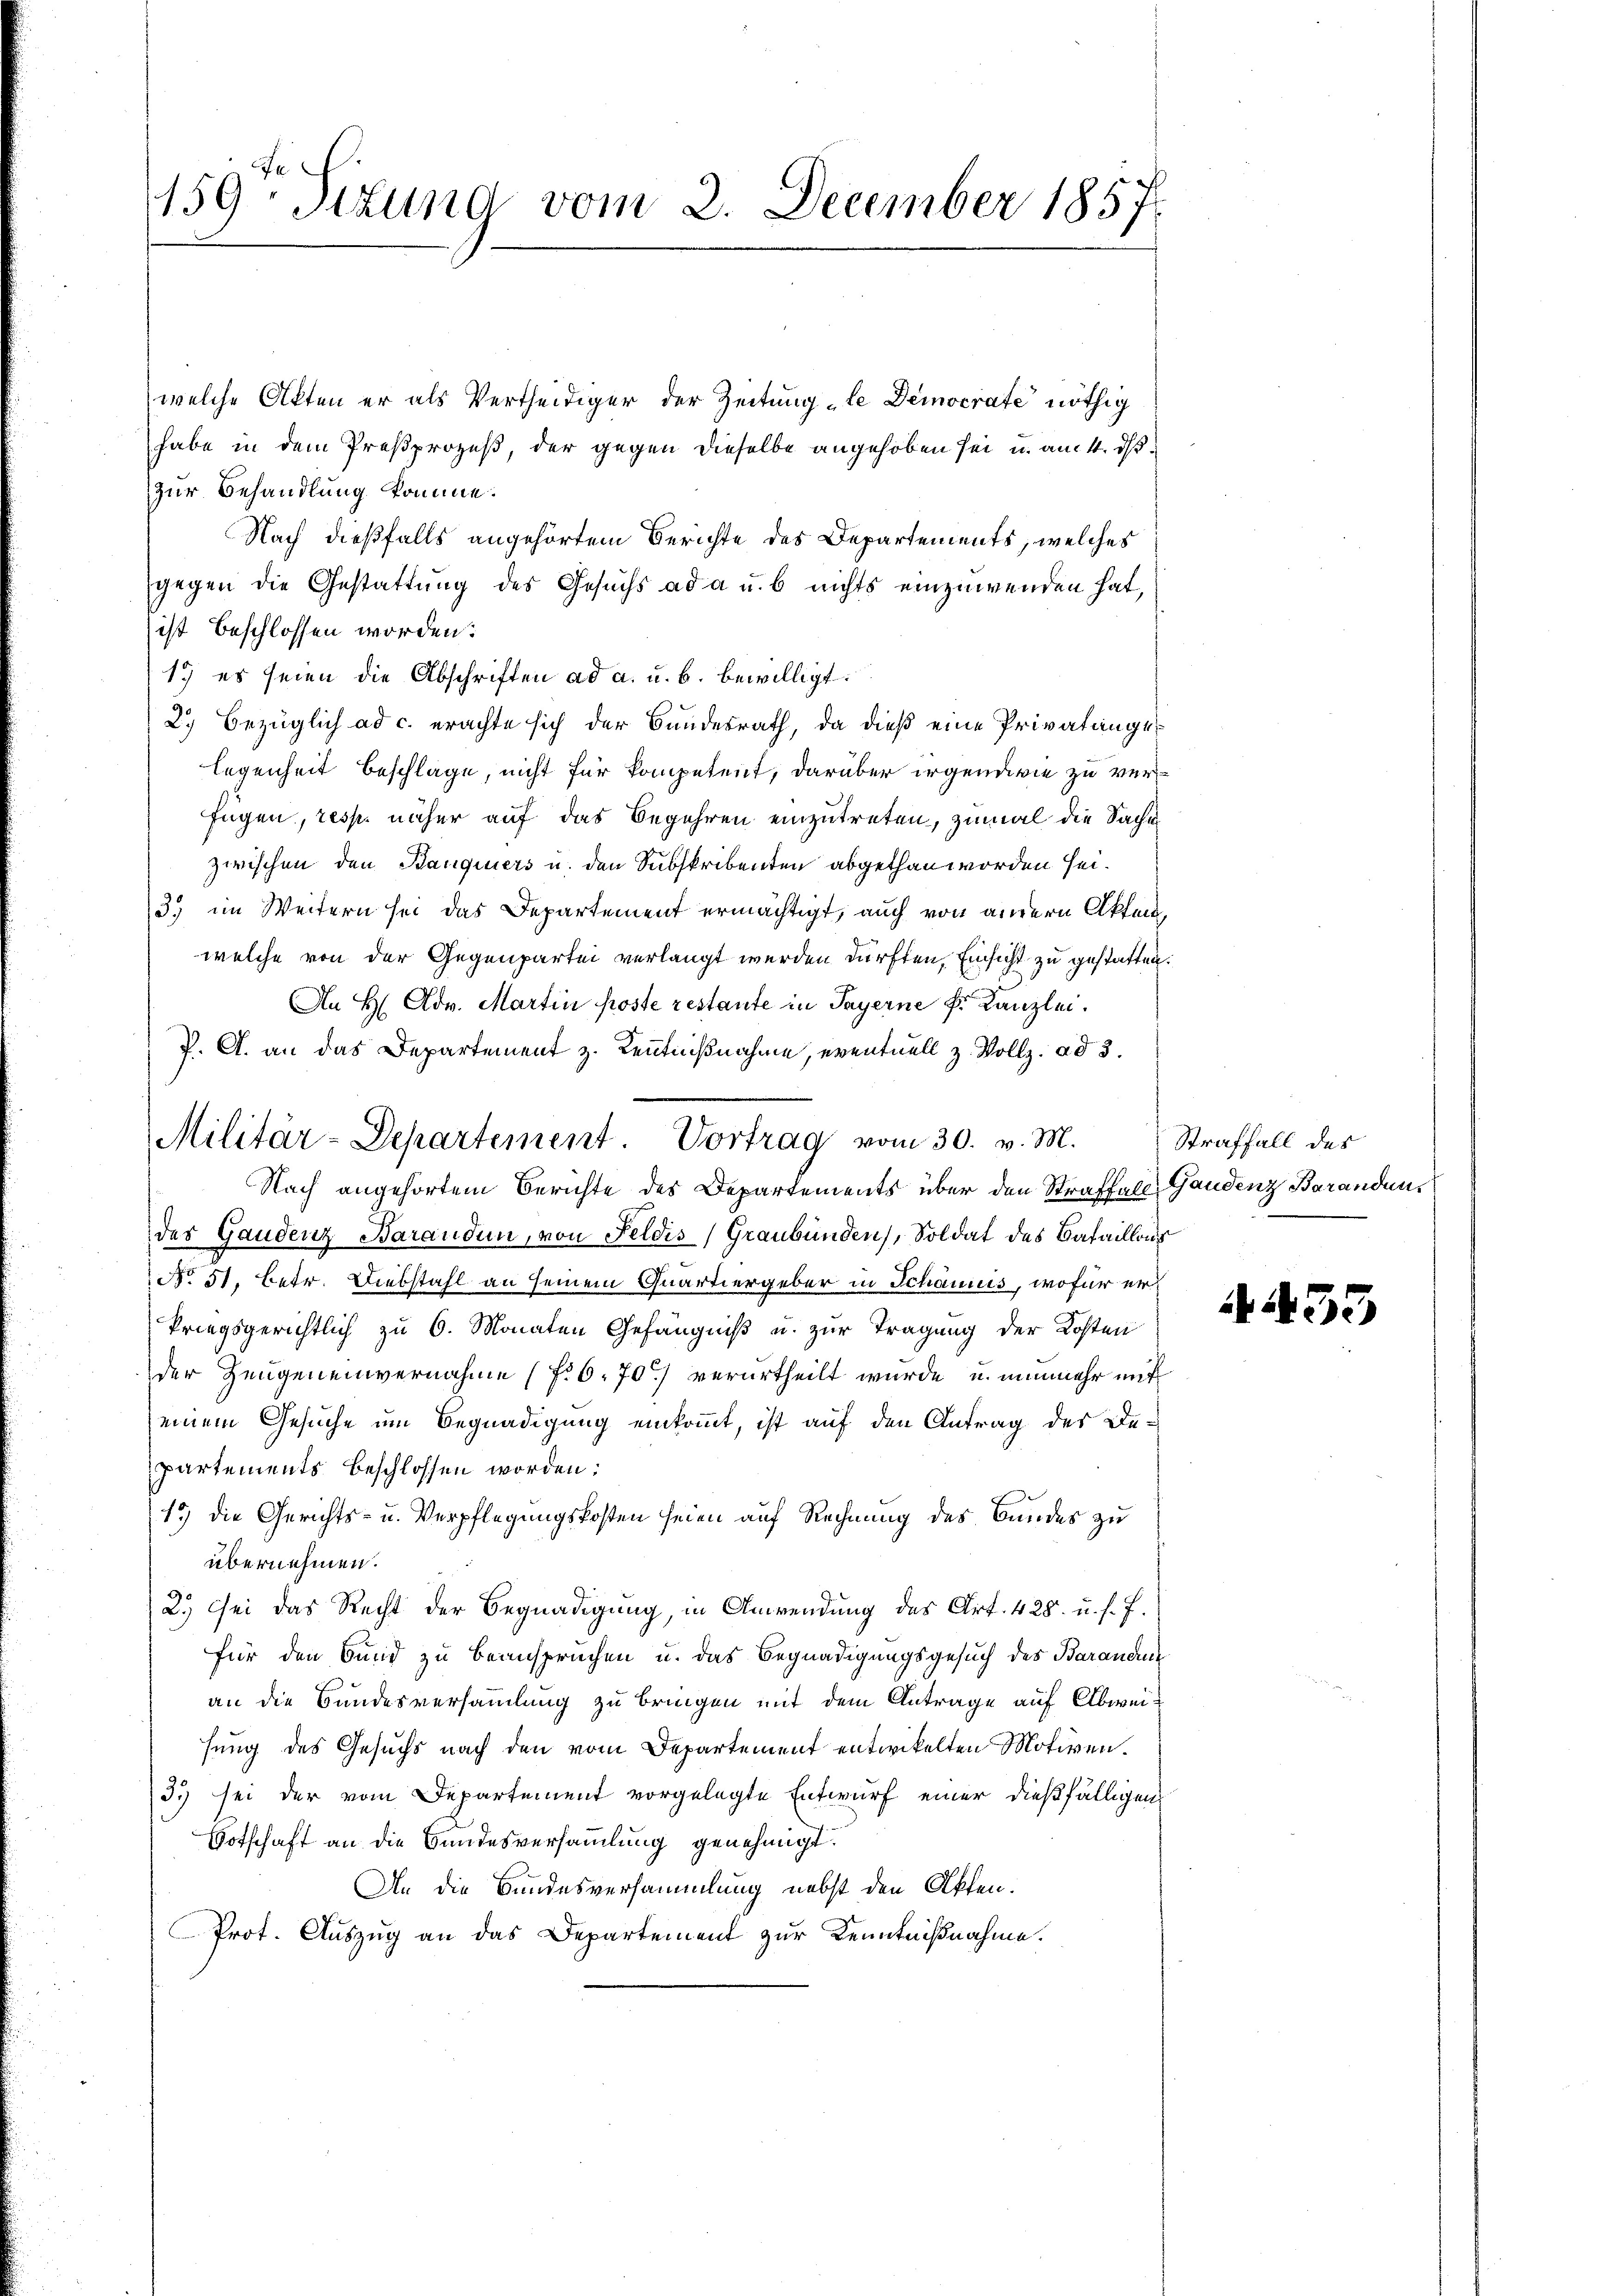
159: Titung vom 2. December 1857

welche Akten er als Vertheidiger der Zeitung „le Democrate nöthig
habe in dem Preßprozeß, der gegen dieselbe angehoben sei u. am 4. ds.
zur Behandlung komme.
Nach dießfalls angehörtem Berichte des Departements, welches
gegen die Gestattung des Gesuchs ad a u. b nichts einzuwenden hat,
ist beschlossen worden.
1) es seien die Abschriften ad a. u. b. bewilligt.
2) bezüglich ad c. erachte sich der Bundesrath, da dieß eine Privatangelegenheit Beschlage, nicht für kompetent, darüber irgendwie zu verfagen, resp. näher auf das Begehren einzutreten, zumal die Sache
zwischen den Banquiers u. den Subskribenten abgethan worden sei.
35 im Weitern sei das Departement ermächtigt, auch von annern Akten,
welche von der Gegenpartei verlangt werden dürften, Einsicht zu gestatten.
An H. Adv. Martin Koste restante in Payerne fr. Kanzlei.
J. A. an das Departement z. Kenntnißnahme, eventuell z. Vollz. ad 3.
Nach angehörtem Berichte des Departements über den Straffall Gandenz Baranden
des Gandenz Baranden, von Feldis, Graubünden, Soldat des Bataillons
No 51, betr. Diebstahl an seinem Quartiergeber in Schanius, wofür erkriegsgerichtlich zu 6. Monaten Gefängniß u. zur Tragung der Kosten
der Zeugeneinvernahme (fr 6. 70) verurtheilt wurde, u. nunmehr mit
einem Gesuche um Begnadigung einkommt, ist auf den Antrag des De-
partements beschlossen worden:
15) die Gerichts- u. Verpflegungskosten seien auf Rechnung des Bundes zu
übernehmen.
2.) Sei das Recht der Begnadigung, in Anwendung des Art. 428. u. s. f.
für den Bund zu beanspruchen u. das Begnadigungsgesuch des Barandu
an die Bundesversammlung zu bringen mit dem Antrage auf Abweisung des Gesuchs nach den vom Departement entwickelten Motiven.
3) sei der vom Departement vorgelegte Entwurf einer dießfälligen
Votschaft an die Bundesversammlung genehmigt.
An die Bundesversammlung nebst den Akten.
Prot. Auszug an das Departement zur Kenntnißnahme.

Militär-Departement. Vortrag vom 30. v. M.

455

Straffall des